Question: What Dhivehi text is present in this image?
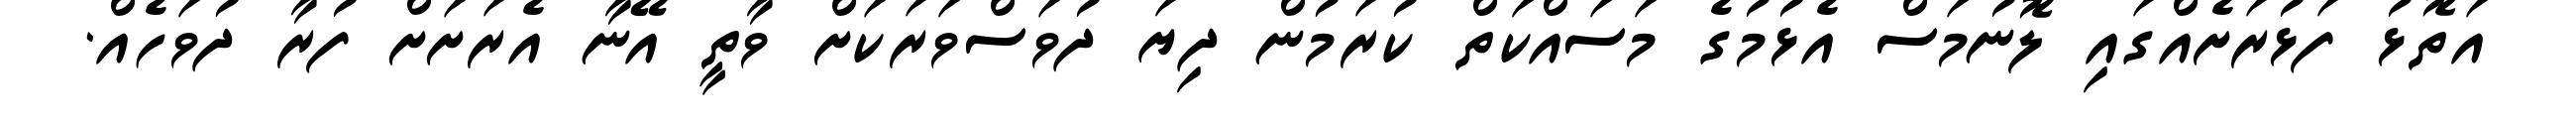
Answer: އަތޮޅު ފަޅުރަށެއްގައި ލޮނުމަސް އެޅުމުގެ މަސައްކަތް ކުރަމުން ދިޔަ ދުވަސްވަރަކަށް ވާތީ އޭނާ އެރަށަށް ފުރާ ދުވަހެއް.